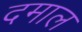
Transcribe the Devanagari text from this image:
दमाल